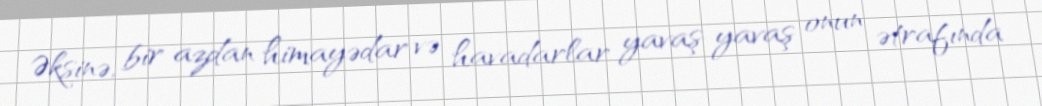
Əksinə, bir azdan himayədar və havadarlar yavaş-yavaş onun ətrafında